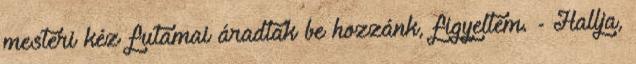
mesteri kéz futamai áradtak be hozzánk, figyeltem. - Hallja,